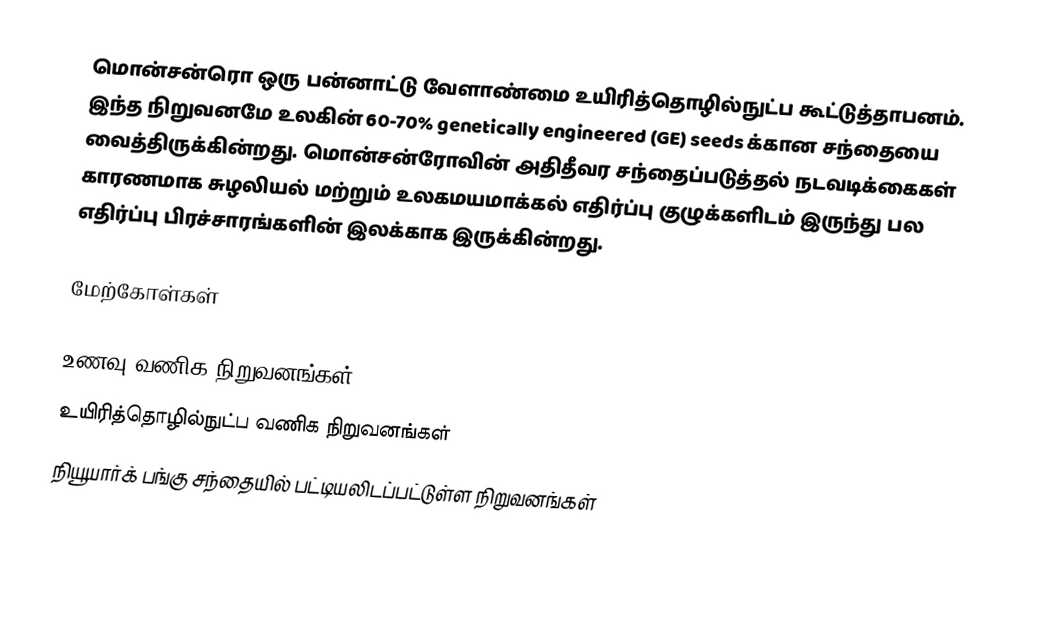
மொன்சன்ரொ ஒரு பன்னாட்டு வேளாண்மை உயிரித்தொழில்நுட்ப கூட்டுத்தாபனம்.  இந்த நிறுவனமே உலகின் 60-70% genetically engineered (GE) seeds க்கான சந்தையை வைத்திருக்கின்றது. மொன்சன்ரோவின் அதிதீவர சந்தைப்படுத்தல் நடவடிக்கைகள் காரணமாக சுழலியல் மற்றும் உலகமயமாக்கல் எதிர்ப்பு குழுக்களிடம் இருந்து பல எதிர்ப்பு பிரச்சாரங்களின் இலக்காக இருக்கின்றது.

மேற்கோள்கள்

உணவு வணிக நிறுவனங்கள்
உயிரித்தொழில்நுட்ப வணிக நிறுவனங்கள்
நியூயார்க் பங்கு சந்தையில் பட்டியலிடப்பட்டுள்ள நிறுவனங்கள்